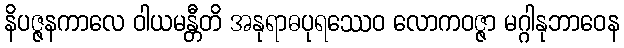
နိပဇ္ဇနကာလေ ဝါယမန္တီတိ အနုရာဓပုရဿေဝ လောကဝဇ္ဇာ မဂ္ဂါနုဘာဝေန